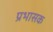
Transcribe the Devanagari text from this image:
प्रभासक